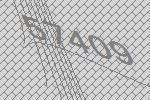
57409